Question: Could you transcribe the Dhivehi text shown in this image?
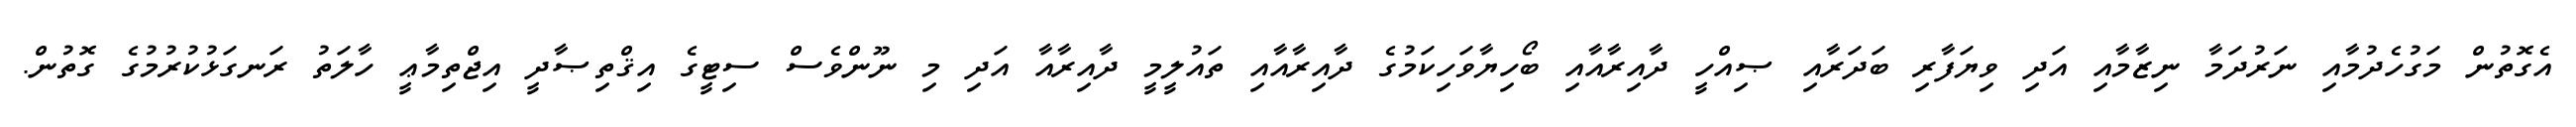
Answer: އެގޮތުން މަގުހެދުމާއި ނަރުދަމާ ނިޒާމާއި އަދި ވިޔަފާރި ބަދަރާއި ޞިއްހީ ދާއިރާއާއި ބޯހިޔާވަހިކަމުގެ ދާއިރާއާއި ތައުލީމީ ދާއިރާއާ އަދި މި ނޫންވެސް ސިޓީގެ އިޤްތިޞާދީ އިޖްތިމާޢީ ހާލަތު ރަނގަޅުކުރުމުގެ ގޮތުން.